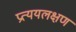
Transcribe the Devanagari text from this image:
प्रत्ययलक्षण